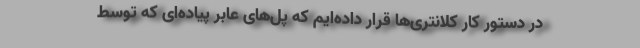
در دستور کار کلانتری‌ها قرار داده‌ایم که پل‌های عابر پیاده‌ای که توسط